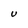
Character: U